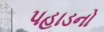
પહાડનો